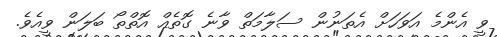
ވީ އެންމެ އަވަހަށް އެތަނުން ސަލާމަތް ވާނެ ގޮތެއް އޮތްތޯ ބަލަން ވީއެވެ.